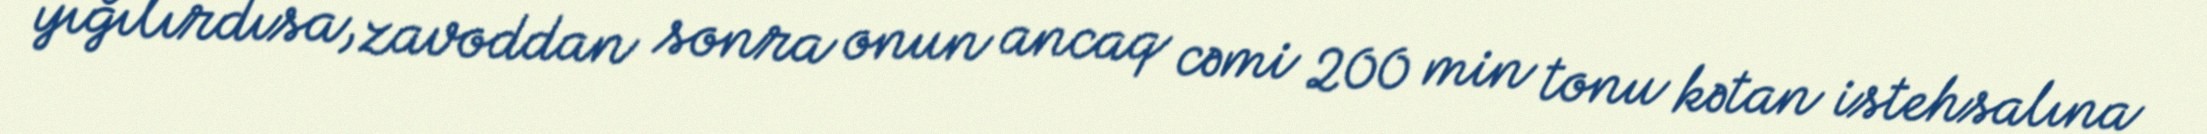
yığılırdısa, zavoddan sonra onun ancaq cəmi 200 min tonu kətan istehsalına